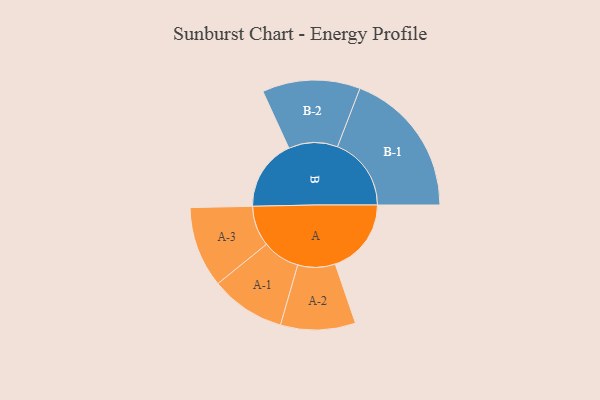
{"axis": {"x": "Segment", "y": "Value"}, "legend": ["", "A", "B"], "data": [{"x": "A", "y": 297, "type": ""}, {"x": "B", "y": 278, "type": ""}, {"x": "A-1", "y": 146, "type": "A"}, {"x": "A-2", "y": 146, "type": "A"}, {"x": "A-3", "y": 158, "type": "A"}, {"x": "B-1", "y": 288, "type": "B"}, {"x": "B-2", "y": 191, "type": "B"}]}